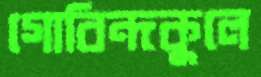
গোবিন্দকুলে